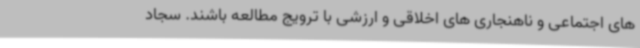
های اجتماعی و ناهنجاری های اخلاقی و ارزشی با ترویج مطالعه باشند. سجاد